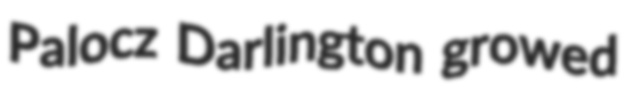
Palocz Darlington growed